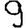
Digit: 9